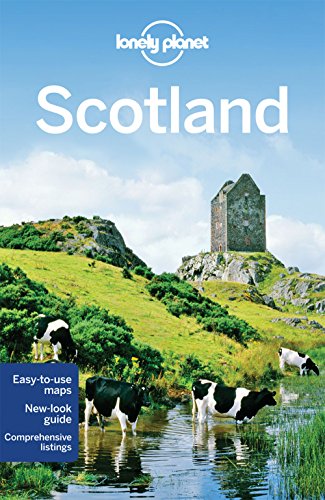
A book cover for Lonely Planet Scotland (Travel Guide); Lonely Planet; Travel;